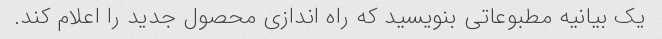
یک بیانیه مطبوعاتی بنویسید که راه اندازی محصول جدید را اعلام کند.